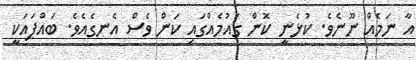
އާ ނަމެއް ނޫނެވެ. ކުޅެނީ ކޮން ގައުމެއްގައި ކަން ވެސް އެނގެއެވެ. ބައްޕައަކީ